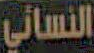
النسائي